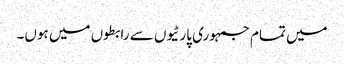
میں تمام جمہوری پارٹیوں سے رابطوں میں ہوں۔